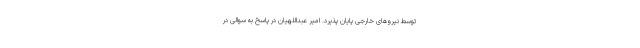
توسط نیروهای خارجی پایان پذیرد. امیر عبداللهیان در پاسخ به سوالی در